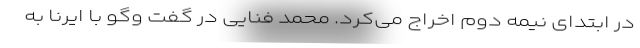
در ابتدای نیمه دوم اخراج می‌کرد. محمد فنایی در گفت وگو با ایرنا به